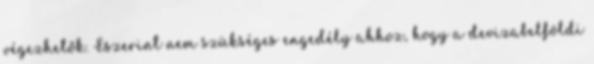
végezhetők. Eszerint nem szükséges engedély ahhoz, hogy a devizabelföldi